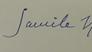
Signature authenticity: forged